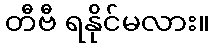
တီဗီ ရနိုင်မလား။